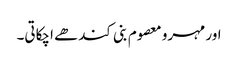
اور مہرو معصوم بنی کندھے اچکاتی۔